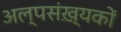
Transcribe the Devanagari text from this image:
अल्पसंख़्यकों